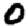
Digit: 0